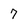
Character: 7